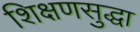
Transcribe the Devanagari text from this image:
शिक्षणसुद्धा